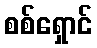
စစ်ရှောင်